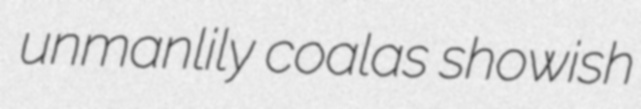
unmanlily coalas showish